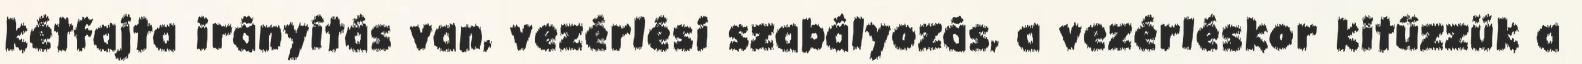
kétfajta irányítás van, vezérlési szabályozás, a vezérléskor kitűzzük a